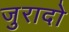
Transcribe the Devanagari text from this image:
जुरादो